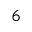
^ { 6 }